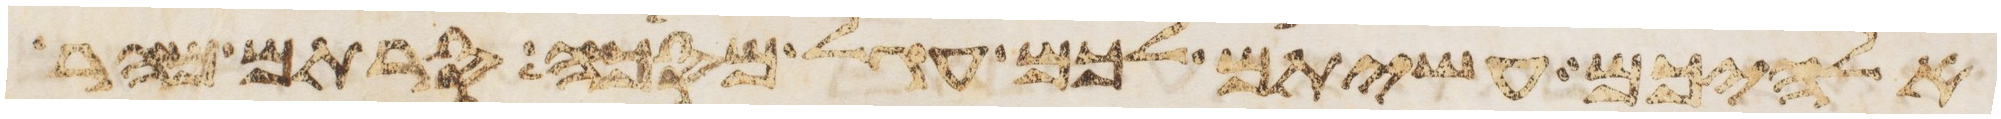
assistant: אלהיכם עשיתם לכם עגל מסכה סרתם מהר